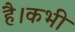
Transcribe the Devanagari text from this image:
है।कभी